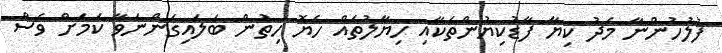
ފުލުހުންނާ މެދު ކިޔާ ފާޑުކިޔުންތަކާއި ހިޔާލުތައް ހެޔޮ ހިތުން ބަލައިގަންނަވާ ކަމަށް ވެސް